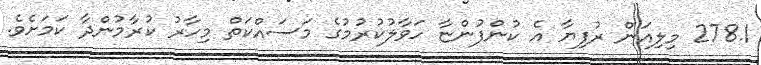
278.1 މިލިއަން ރުފިޔާ އެ ކުންފުންޏާ ހަވާލުކުރުމުގެ މަސައްކަތް މިހާރު ކުރާމުންދާ ކަމަށެވެ.